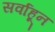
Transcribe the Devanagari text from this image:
सर्वाहून